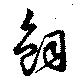
飼